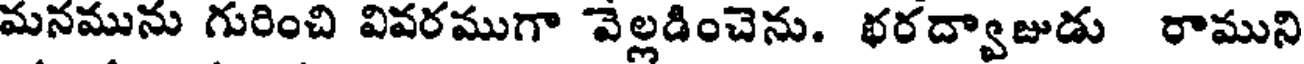
మనమును గురించి వివరముగా వెల్లడించెను. భరద్వాజుడు రాముని